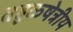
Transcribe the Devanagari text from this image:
बहुकषेत्रीय